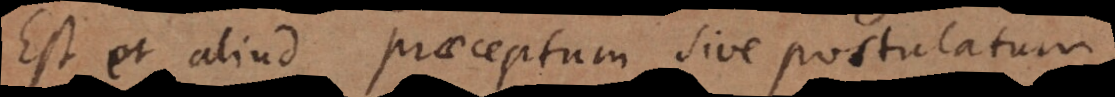
Est et aliud praeceptum sive postulatum,